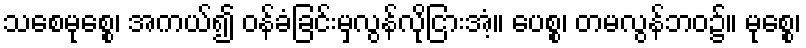
သစေမုစ္စေ၊ အကယ်၍ ဝန်ခံခြင်းမှလွန်လိုငြားအံ့။ ပေစ္စ၊ တမလွန်ဘဝ၌။ မုစ္စေ၊